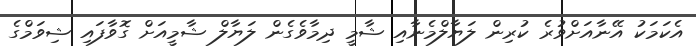
އެކަމަކު އޭނާއަށްވުރެ ކުރިން ލަޔާލްމެނާއި ޝާމީ ދިމާވެގެން ލަޔާލް ޝާމީއަށް ގޮވާފައި ޝިވަމްގެ